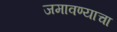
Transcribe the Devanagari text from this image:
जमावण्याचा